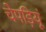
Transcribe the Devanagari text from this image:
चेपड़ियूं